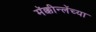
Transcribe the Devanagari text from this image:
मॅक्कीन्लेंच्या